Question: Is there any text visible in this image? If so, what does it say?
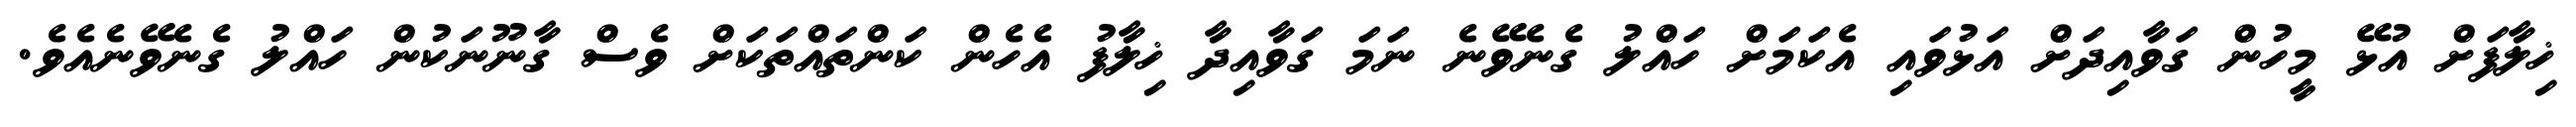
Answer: ޚިލާފަށް އުޅޭ މީހުން ގަވާއިދަށް އަޅުވައި އެކަމަށް ހައްލު ގެނެވޭނެ ނަމަ ގަވާއިދާ ޚިލާފު އެހެން ކަންތައްތަކަށް ވެސް ގާނޫނަކުން ހައްލު ގެނެވޭނެއެވެ.